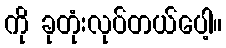
ကို ခုတုံးလုပ်တယ်ပေါ့။